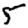
Digit: 5